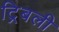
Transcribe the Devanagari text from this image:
ट्रिबली